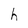
Character: h